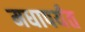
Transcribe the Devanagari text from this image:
मधापर्यंत